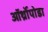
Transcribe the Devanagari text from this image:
ऑर्थ्रोपोडा